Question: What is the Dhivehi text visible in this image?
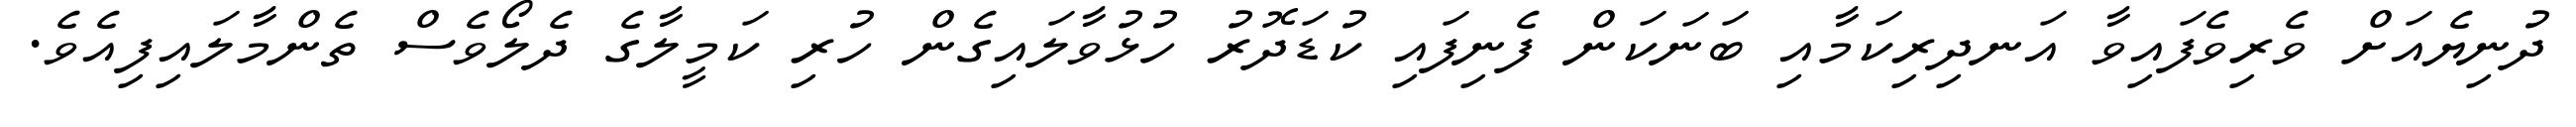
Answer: ދުނިޔެއަށް ވެރިވެފައިވާ އަނދިރިކަމާއި ބަނަކަން ފެނިފައި ކުޑަދޮރު ހުޅުވާލައިގެން ހުރި ކަމީލާގެ ދެލޯވެސް ތެންމާލައިފިއެވެ.